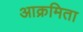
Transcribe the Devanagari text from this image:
आक्रमिता